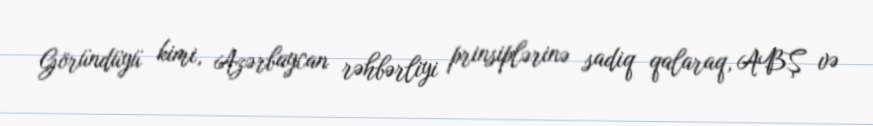
Göründüyü kimi, Azərbaycan rəhbərliyi prinsiplərinə sadiq qalaraq, ABŞ və